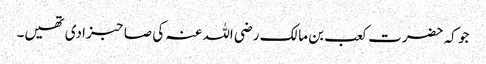
جو کہ حضرت کعب بن مالک رضی اللہ عنہ کی صاحبزادی تھیں۔